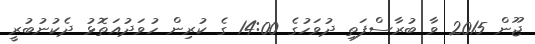
ޖޫން 2015 ވާ ބުރާސްފަތި ދުވަހުގެ 14:00 ގެ ކުރިން ހުވަދުއަތޮޅު ދެކުނުބުރީ